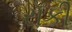
રૉકી